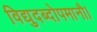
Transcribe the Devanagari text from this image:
विद्युदब्दोपमानौ।